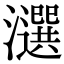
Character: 𤂿